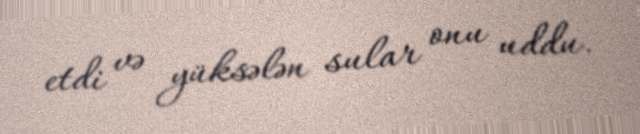
etdi və yüksələn sular onu uddu.